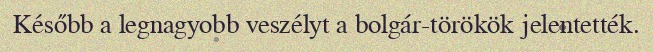
Később a legnagyobb veszélyt a bolgár-törökök jelentették.